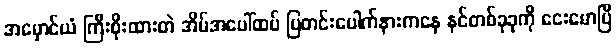
အမှောင်ယံ ကြီးစိုးထားတဲ အိမ်အပေါ်ထပ် ပြတင်းပေါက်နားကနေ နင်တစ်ခုခုကို ငေးမောပြီ